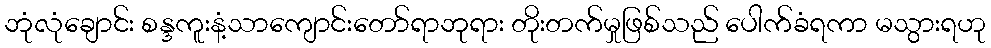
ဘုံလုံချောင်း စန္ဒကူးနံ့သာကျောင်းတော်ရာဘုရား တိုးတက်မှုဖြစ်သည် ပေါက်ခံရကာ မသွားရဟု